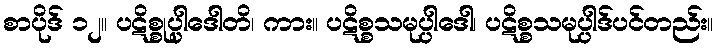
စာပိုဒ် ၁၂။ ပဋိစ္စုပ္ပါဒေါတိ၊ ကား။ ပဋိစ္စသမုပ္ပါဒေါ၊ ပဋိစ္စသမုပ္ပါဒ်ပင်တည်း။